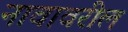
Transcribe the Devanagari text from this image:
नावावरील